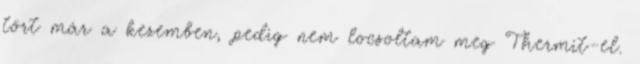
tört már a kezemben, pedig nem locsoltam meg Thermit-el.